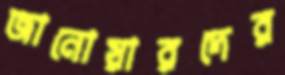
জানোয়ারদের